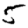
Digit: 5